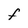
Character: F